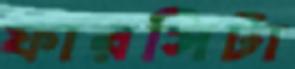
ফারসিটা